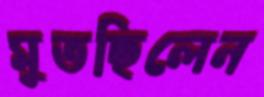
মুতছিলেন